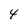
Character: 4